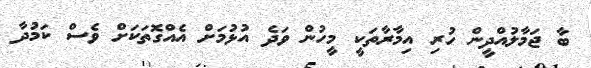
ބާ ޖަމާލުއްދީން ހުރި އިމާރާތަކީ މީހުން ވަދެ އުޅުމަށް އެއްގޮތަކަށް ވެސް ކަމުދާ